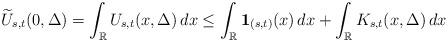
LaTeX: \begin{gather*}\widetilde{U}_{s,t}(0, \Delta)= \int_{\mathbb{R}} U_{s,t}(x, \Delta) \,dx\leq \int_{\mathbb{R}} \mathbf{1}_{(s,t)}(x) \,dx + \int_{\mathbb{R}} K_{s,t}(x, \Delta) \,dx\end{gather*}